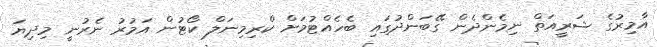
އާމިރުގެ ޝަރީއަތް ނިމެންދެން ގޭބަންދުގައި ބެހެއްޓުމަށް ކްރިމިނަލް ކޯޓުން އަމުރު ނެރުނީ މިދިޔަ